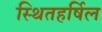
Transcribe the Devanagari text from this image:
स्थितहर्षिल